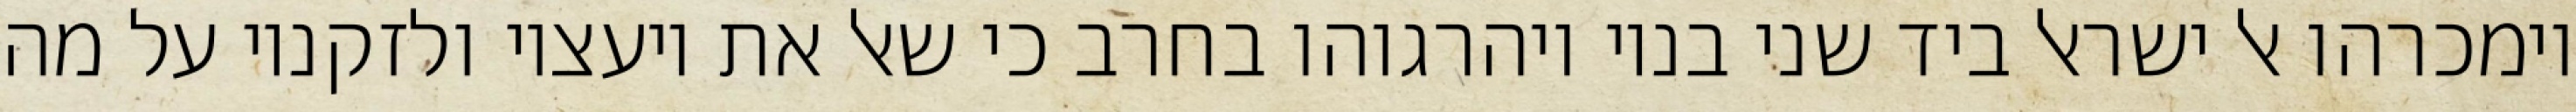
וימכרהו אל ישראל ביד שני בניו ויהרגוהו בחרב כי שאל את יועציו ולזקניו על מה